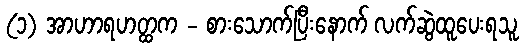
(၁) အာဟာရဟတ္ထက - စားသောက်ပြီးနောက် လက်ဆွဲထူပေးရသူ